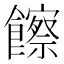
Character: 𩟔